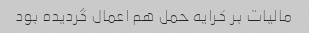
مالیات بر کرایه حمل هم اعمال گردیده بود